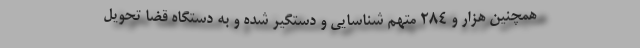
همچنین هزار و ۲۸۴ متهم شناسایی و دستگیر شده و به دستگاه قضا تحویل